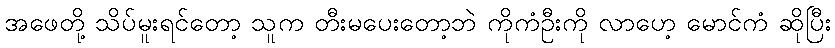
အဖေတို့ သိပ်မူးရင်တော့ သူက တီးမပေးတော့ဘဲ ကိုကံဦးကို လာဟေ့ မောင်ကံ ဆိုပြီး